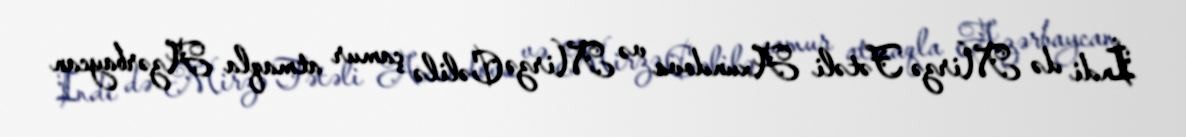
İndi də Mirzə Fətəli Axundova və Mirzə Cəlilə çamur atmaqla Azərbaycan